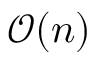
\mathcal { O } ( n )